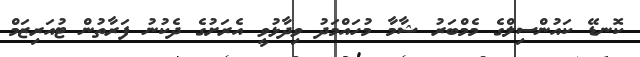
ކޮނޑޭ ކައުންސިލްގެ މެމްބަރު ޝާމާ މުހައްމަދު ވިދާޅުވީ އެރަށުގެ ދެކުނު ފަރާތުން ޓުއަރިޒަމް